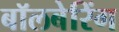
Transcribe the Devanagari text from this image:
बॉलबेरिंग